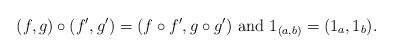
LaTeX: \begin{align*}(f,g)\circ (f',g')=(f\circ f',g\circ g')\mbox{ and }1_{(a,b)}=(1_a,1_b).\end{align*}